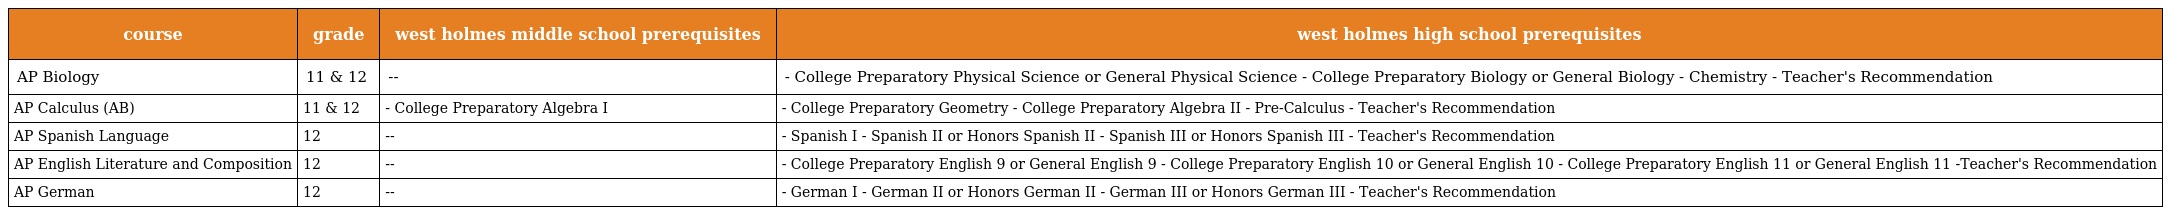
| course | grade | west holmes middle school prerequisites | west holmes high school prerequisites |
 | --- | --- | --- | --- |
 | AP Biology | 11 & 12 | -- | - College Preparatory Physical Science or General Physical Science - College Preparatory Biology or General Biology - Chemistry - Teacher's Recommendation |
 | AP Calculus (AB) | 11 & 12 | - College Preparatory Algebra I | - College Preparatory Geometry - College Preparatory Algebra II - Pre-Calculus - Teacher's Recommendation |
 | AP Spanish Language | 12 | -- | - Spanish I - Spanish II or Honors Spanish II - Spanish III or Honors Spanish III - Teacher's Recommendation |
 | AP English Literature and Composition | 12 | -- | - College Preparatory English 9 or General English 9 - College Preparatory English 10 or General English 10 - College Preparatory English 11 or General English 11 -Teacher's Recommendation |
 | AP German | 12 | -- | - German I - German II or Honors German II - German III or Honors German III - Teacher's Recommendation |